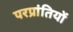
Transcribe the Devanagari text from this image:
परप्रांतियों